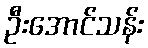
ဦးအောင်သန်း